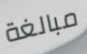
مبالغة